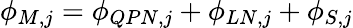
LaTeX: \phi_{M,j}=\phi_{QPN,j}+\phi_{LN,j}+\phi_{S,j}